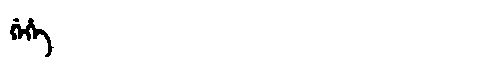
Manchu: ᡤᡝᡥᡝ
Romanization: GEHE